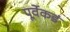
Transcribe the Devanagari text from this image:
पूर्वेकडं